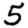
Digit: 5